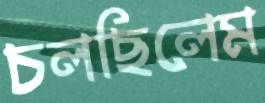
চলছিলেম